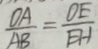
\frac { O A } { A B } = \frac { O E } { E H }